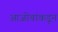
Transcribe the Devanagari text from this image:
आजोबांकडून